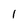
Character: 1